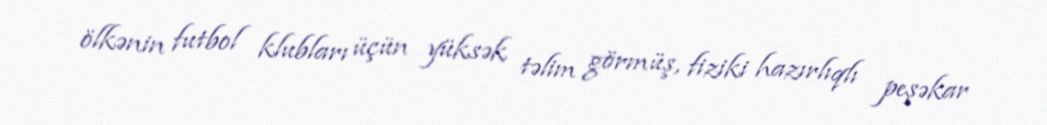
ölkənin futbol klubları üçün yüksək təlim görmüş, fiziki hazırlıqlı peşəkar